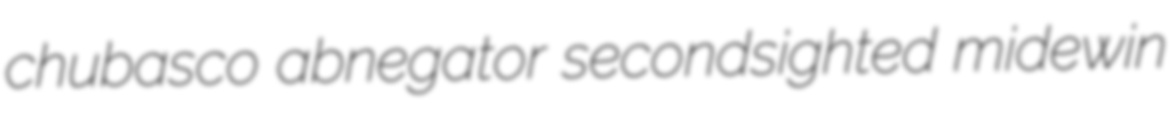
chubasco abnegator secondsighted midewin